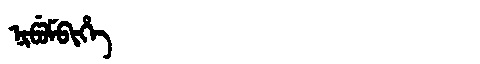
Manchu: ᠨᡳᡦᡠᠮᠪᡳᡥᡝ
Romanization: NIPUMBIHE